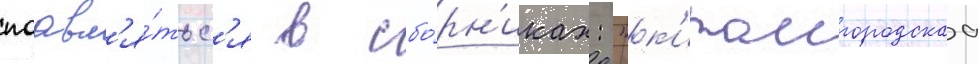
поавл'я́тьс'я в сбо́рн'иках: "к'итаигородскаа